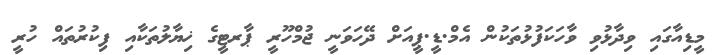
މީޑިއާގައި ވިދާޅުވި ވާހަކަފުޅުތަކުން އެމް.ޑީ.ޕީއަށް ދޭހަވަނީ ޖުމްހޫރީ ޕާރޓީގެ ޚިޔާލުތަކާއި ފިކުރުތައް ހުރީ